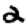
Digit: 2